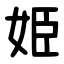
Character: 姫